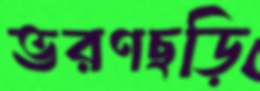
ভরণছড়ি